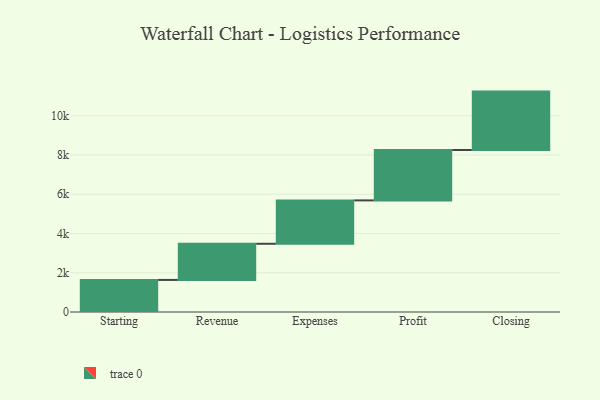
{"axis": {"x": "Step", "y": "Value"}, "legend": [""], "data": [{"x": "Starting", "y": 1634.0, "type": ""}, {"x": "Revenue", "y": 1842.0, "type": ""}, {"x": "Expenses", "y": 2210.0, "type": ""}, {"x": "Profit", "y": 2568.0, "type": ""}, {"x": "Closing", "y": 2974.0, "type": ""}]}